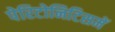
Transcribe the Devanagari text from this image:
पेरिटोनिटिसमें